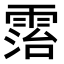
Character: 𩃦